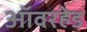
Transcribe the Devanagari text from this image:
ऑवरहेड